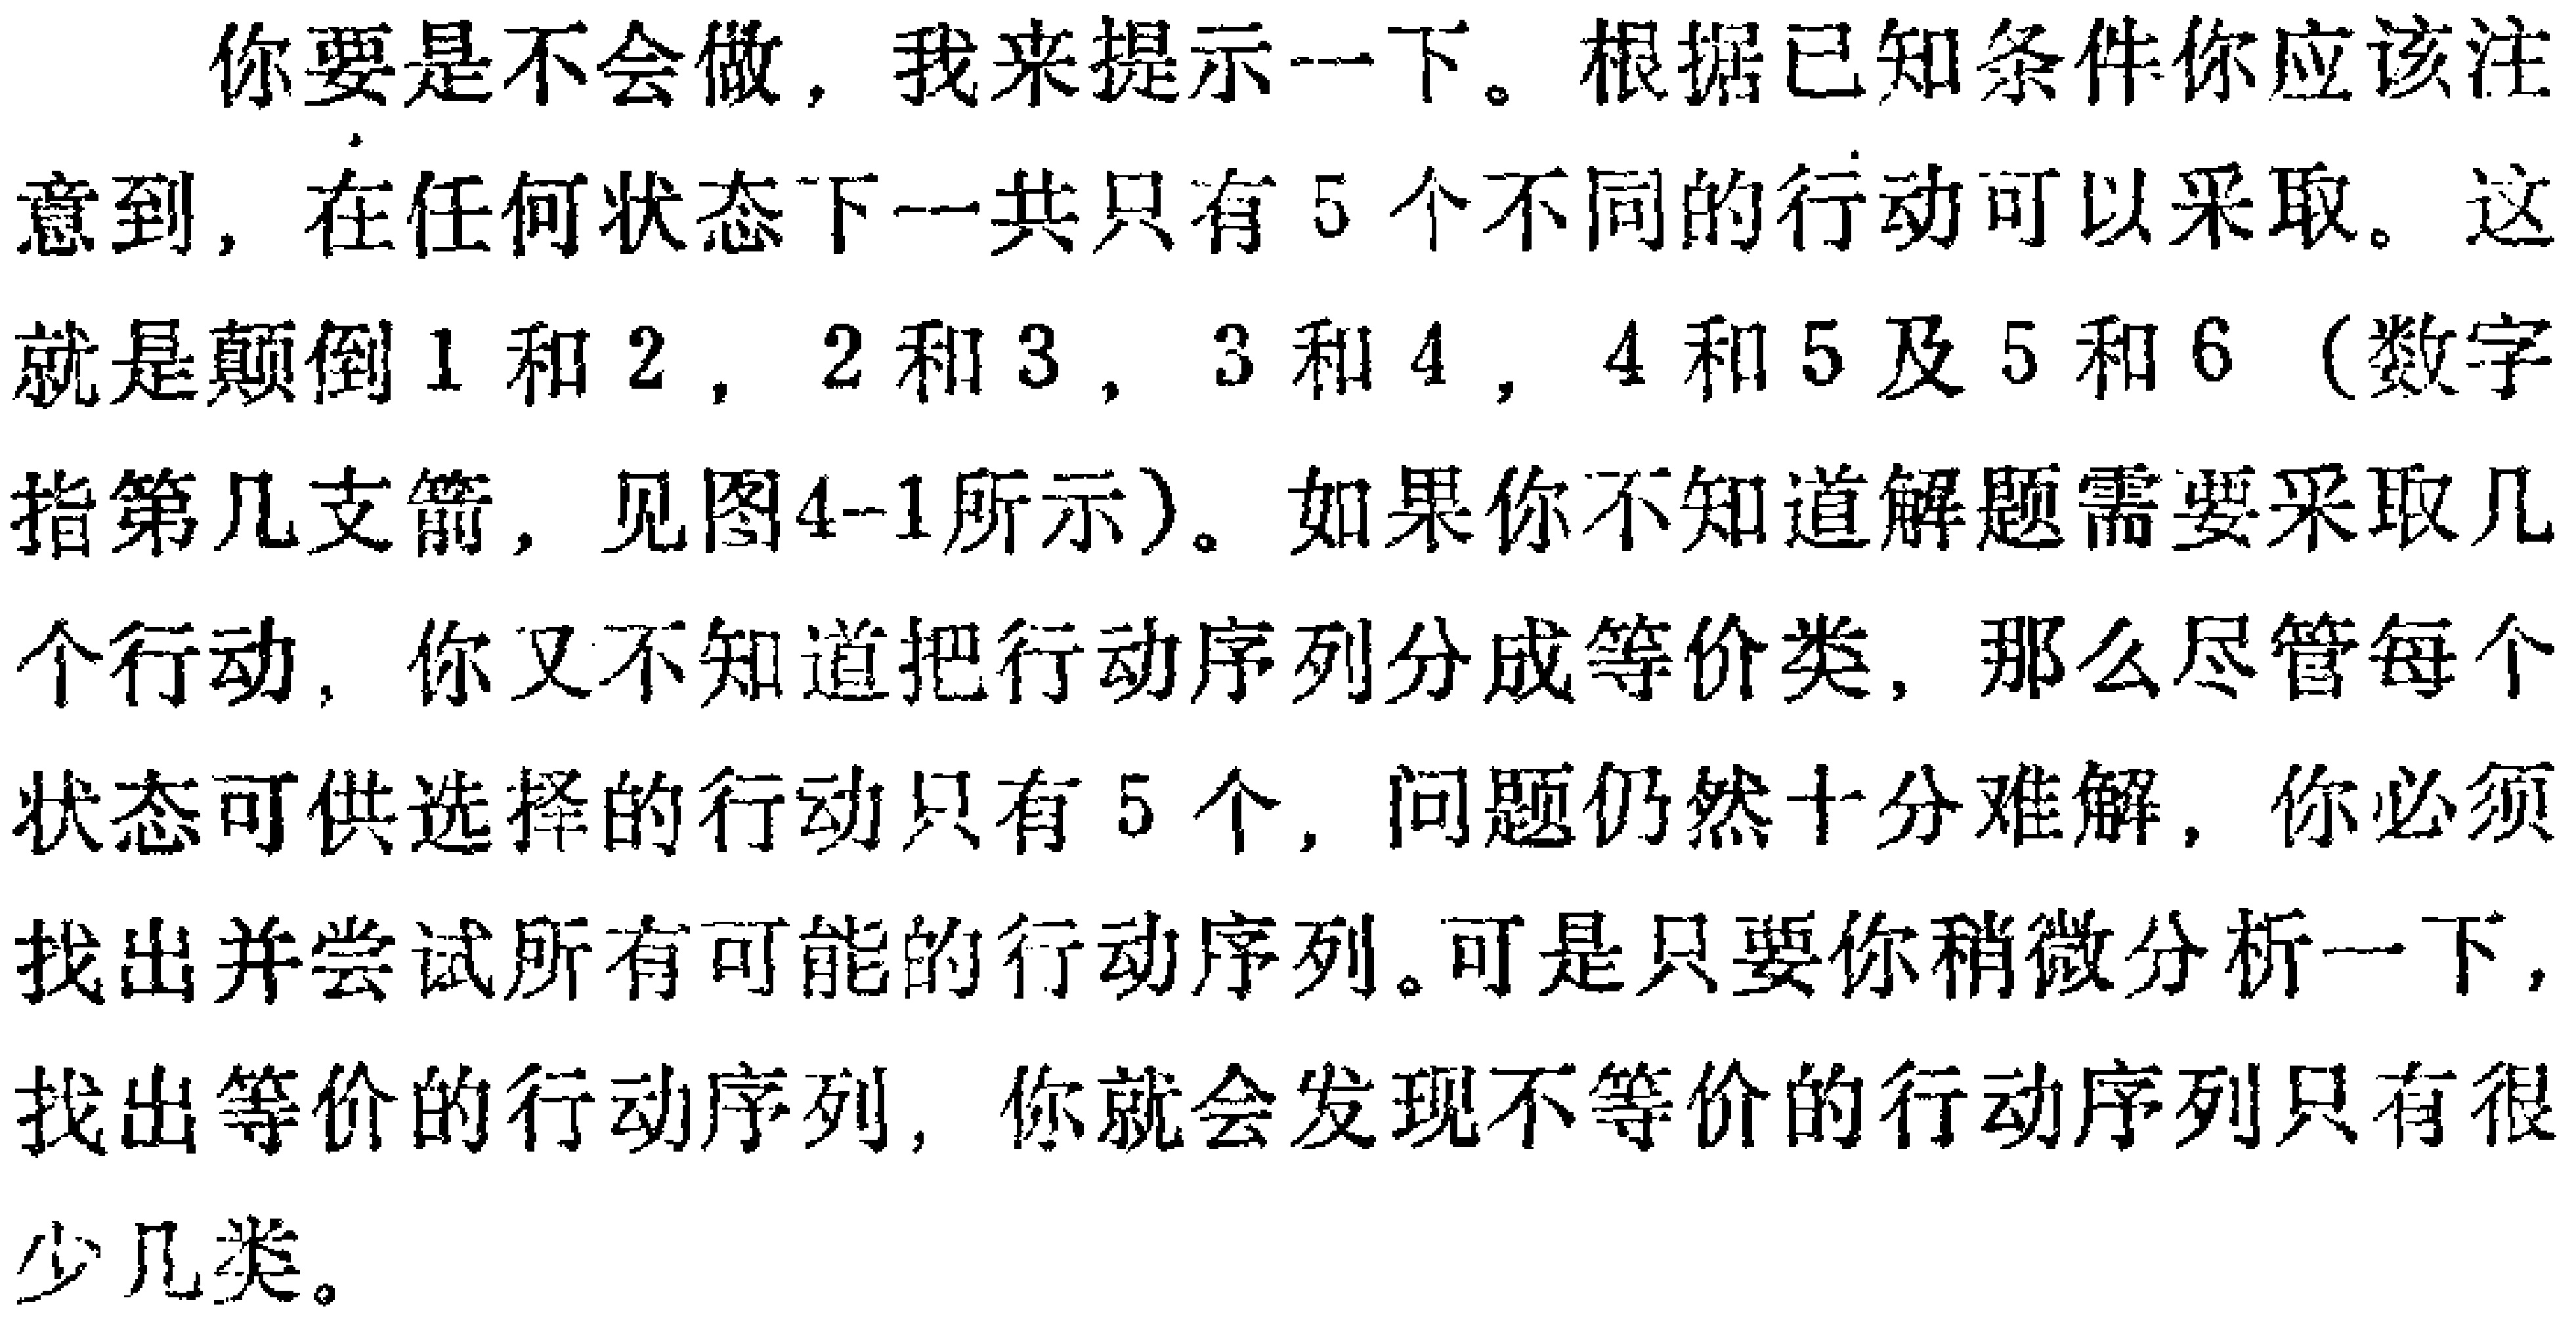
你要是不会做，我来提示一下。根据已知条件你应该注意到，在任何状态下一共只有5个不同的行动可以采取。这就是颠倒1和2，2和3，3和4，4和5及5和6（数字指第几支箭，见图4-1所示）。如果你不知道解题需要采取几个行动，你又不知道把行动序列分成等价类，那么尽管每个状态可供选择的行动只有5个，问题仍然十分难解，你必须找出并尝试所有可能的行动序列。可是只要你稍微分析一下，找出等价的行动序列，你就会发现不等价的行动序列只有很少几类。